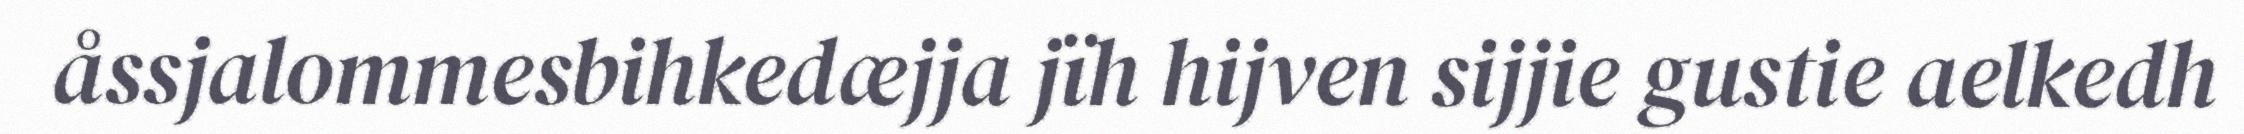
åssjalommesbihkedæjja jïh hijven sijjie gustie aelkedh